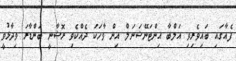
ފެއާގައި ބައިވެރިވި އަލްބާ އިންޓަނޭޝަނަލް އިން ވާހަކަ ދެއްކެވި ރޮޝާނީ ބަންޑާރަ ވިދާޅުވީ